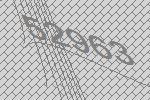
52963